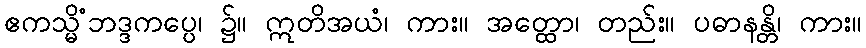
ဧကသ္မိံဘဒ္ဒကပ္ပေ၊ ၌။ ဣတိအယံ၊ ကား။ အတ္ထော၊ တည်း။ ပဓာနန္တိ၊ ကား။